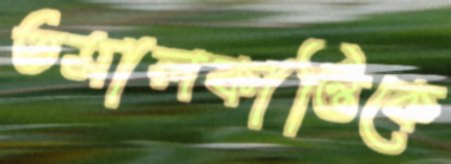
তমালকান্তিকে